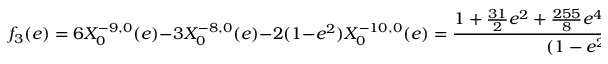
f _ { 3 } ( e ) = 6 X _ { 0 } ^ { - 9 , 0 } ( e ) - 3 X _ { 0 } ^ { - 8 , 0 } ( e ) - 2 ( 1 - e ^ { 2 } ) X _ { 0 } ^ { - 1 0 , 0 } ( e ) = \frac { 1 + \frac { 3 1 } { 2 } e ^ { 2 } + \frac { 2 5 5 } { 8 } e ^ { 4 } + \frac { 1 8 5 } { 1 6 } e ^ { 6 } + \frac { 2 5 } { 6 4 } e ^ { 8 } } { ( 1 - e ^ { 2 } ) ^ { 1 5 / 2 } } \ .